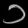
Digit: ၁